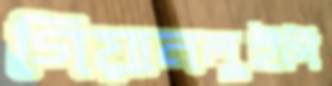
গিয়ানলুইগি